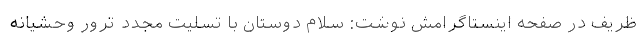
ظریف در صفحه اینستاگرامش نوشت: سلام دوستان با تسلیت مجدد ترور وحشیانه